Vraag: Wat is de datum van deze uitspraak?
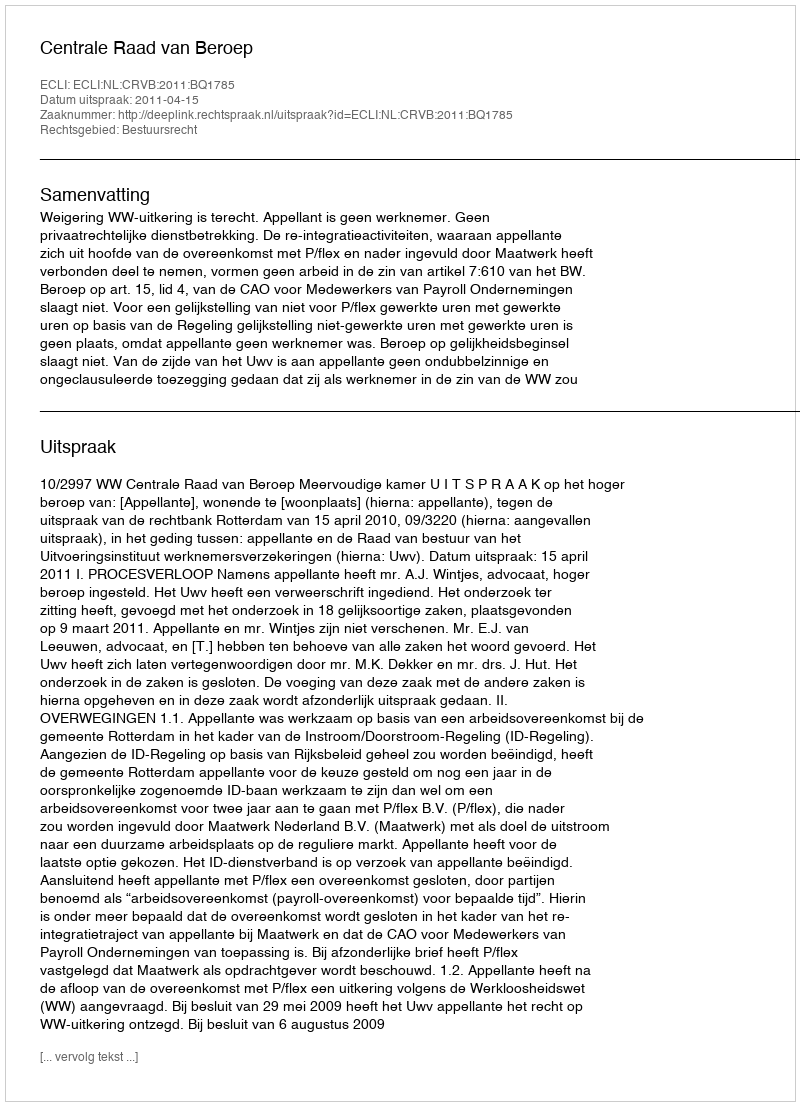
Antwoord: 2011-04-15